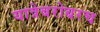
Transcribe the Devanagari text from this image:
यात्रेबरोबरच